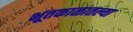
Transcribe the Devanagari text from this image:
भूतकाळातल्या